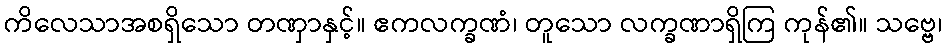
ကိလေသာအစရှိသော တဏှာနှင့်။ ဧကလက္ခဏံ၊ တူသော လက္ခဏာရှိကြ ကုန်၏။ သဗ္ဗေ၊